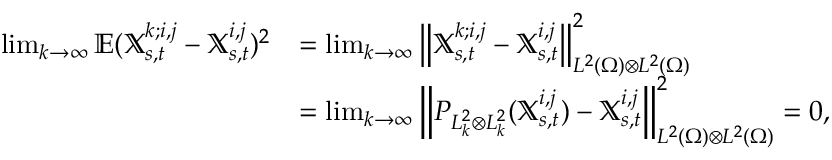
\begin{array} { r l } { \operatorname* { l i m } _ { k \rightarrow \infty } \mathbb { E } ( \mathbb { X } _ { s , t } ^ { k ; i , j } - \mathbb { X } _ { s , t } ^ { i , j } ) ^ { 2 } } & { = \operatorname* { l i m } _ { k \rightarrow \infty } { \left\lVert { \mathbb { X } _ { s , t } ^ { k ; i , j } - \mathbb { X } _ { s , t } ^ { i , j } } \right\rVert } _ { L ^ { 2 } ( \Omega ) \otimes L ^ { 2 } ( \Omega ) } ^ { 2 } } \\ & { = \operatorname* { l i m } _ { k \rightarrow \infty } { \left\lVert { P _ { L _ { k } ^ { 2 } \otimes L _ { k } ^ { 2 } } ( \mathbb { X } _ { s , t } ^ { i , j } ) - \mathbb { X } _ { s , t } ^ { i , j } } \right\rVert } _ { L ^ { 2 } ( \Omega ) \otimes L ^ { 2 } ( \Omega ) } ^ { 2 } = 0 , } \end{array}